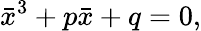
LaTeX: \bar{x}^{3}+p\bar{x}+q=0,